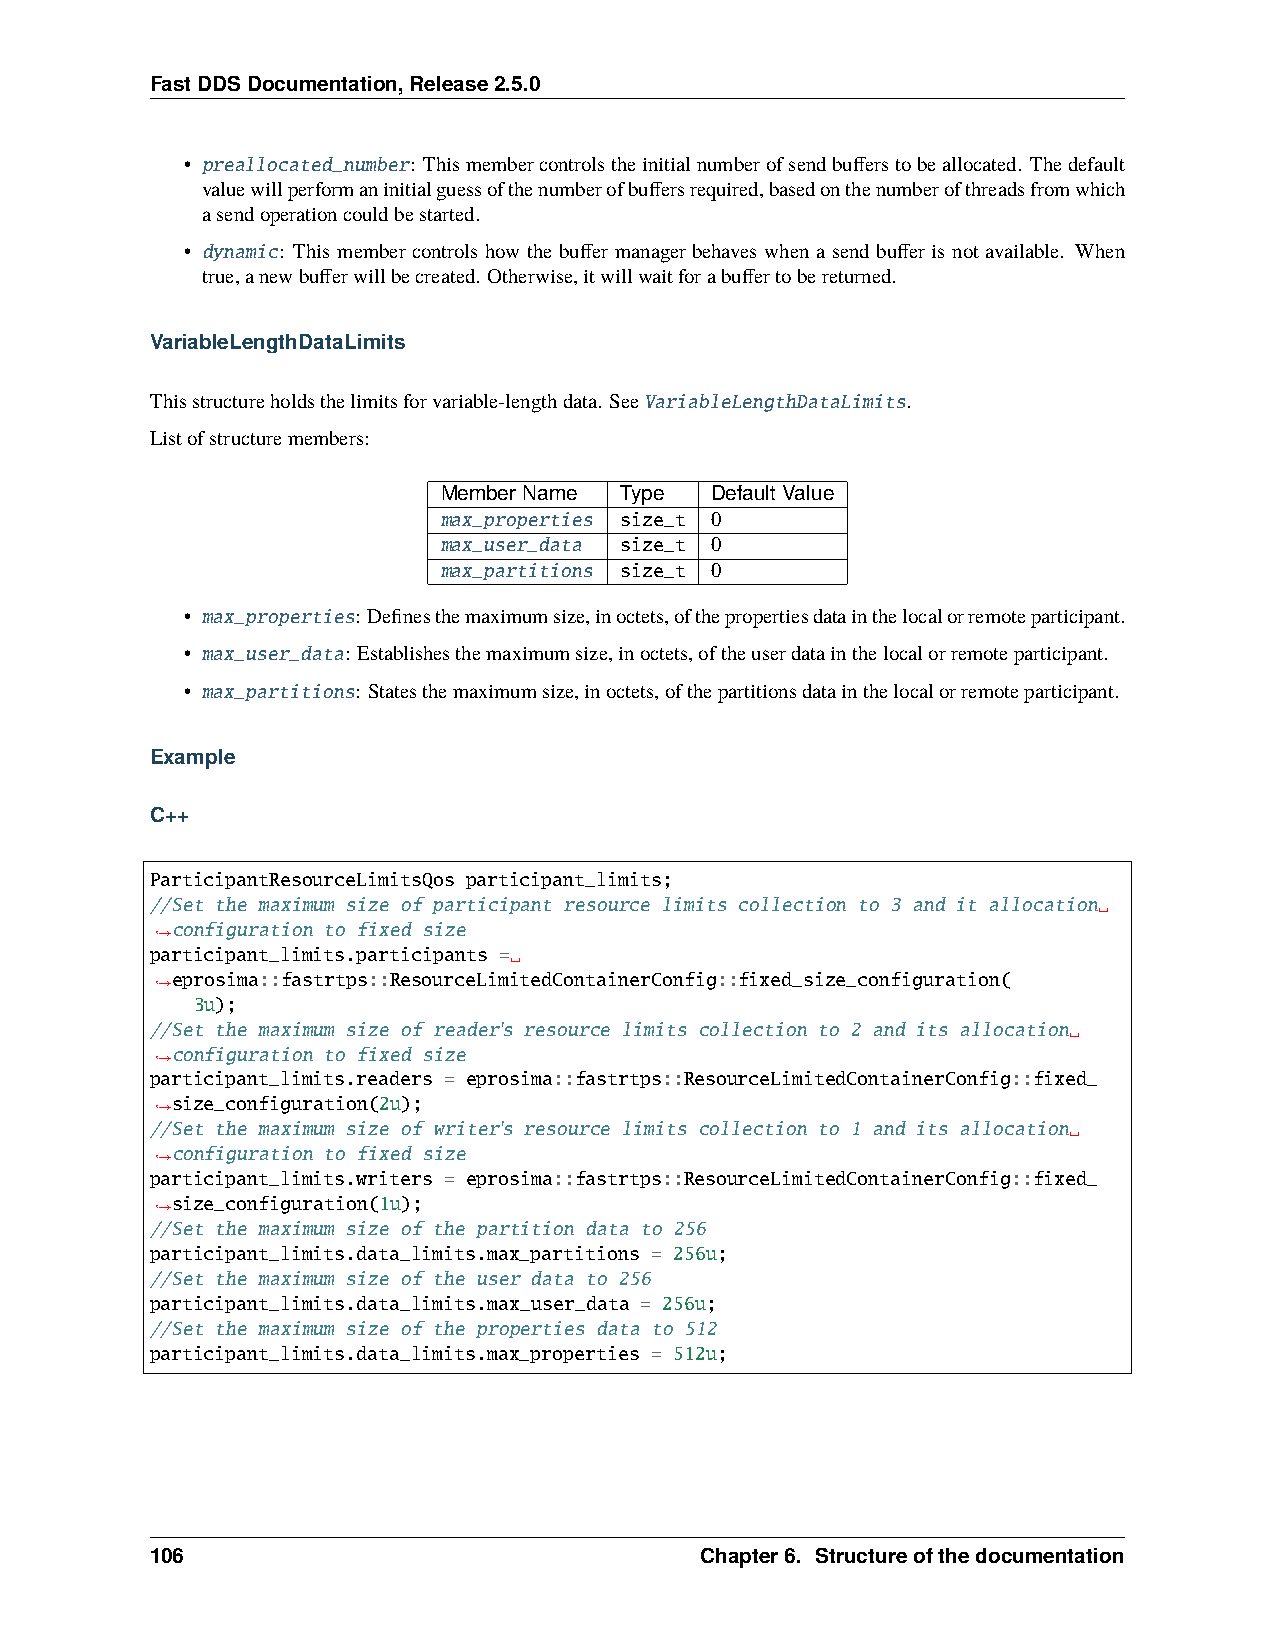
FastDDSDocumentation,Release2.5.0
 • preallocated_number: Thismembercontrolstheinitialnumberofsendbufferstobeallocated. Thedefault
 valuewillperformaninitialguessofthenumberofbuffersrequired,basedonthenumberofthreadsfromwhich
 asendoperationcouldbestarted.
 • dynamic: This member controls how the buffer manager behaves when a send buffer is not available. When
 true,anewbufferwillbecreated. Otherwise,itwillwaitforabuffertobereturned.
 VariableLengthDataLimits
 Thisstructureholdsthelimitsforvariable-lengthdata. SeeVariableLengthDataLimits.
 Listofstructuremembers:
 MemberName  Type  DefaultValue
 max_properties size_t 0
 max_user_data size_t 0
 max_partitions size_t 0
 • max_properties: Definesthemaximumsize,inoctets,ofthepropertiesdatainthelocalorremoteparticipant.
 • max_user_data: Establishesthemaximumsize,inoctets,oftheuserdatainthelocalorremoteparticipant.
 • max_partitions: Statesthemaximumsize,inoctets,ofthepartitionsdatainthelocalorremoteparticipant.
 Example
 C++
 ParticipantResourceLimitsQos participant_limits;
 //Set the maximum size of participant resource limits collection to 3 and it allocation␣
 configuration to fixed size
 ˓→
 participant_limits.participants =␣
 eprosima::fastrtps::ResourceLimitedContainerConfig::fixed_size_configuration(
 ˓→
 3u);
 //Set the maximum size of reader's resource limits collection to 2 and its allocation␣
 configuration to fixed size
 ˓→
 participant_limits.readers = eprosima::fastrtps::ResourceLimitedContainerConfig::fixed_
 size_configuration(2u);
 ˓→
 //Set the maximum size of writer's resource limits collection to 1 and its allocation␣
 configuration to fixed size
 ˓→
 participant_limits.writers = eprosima::fastrtps::ResourceLimitedContainerConfig::fixed_
 size_configuration(1u);
 ˓→
 //Set the maximum size of the partition data to 256
 participant_limits.data_limits.max_partitions = 256u;
 //Set the maximum size of the user data to 256
 participant_limits.data_limits.max_user_data = 256u;
 //Set the maximum size of the properties data to 512
 participant_limits.data_limits.max_properties = 512u;
 106                                 Chapter6. Structureofthedocumentation